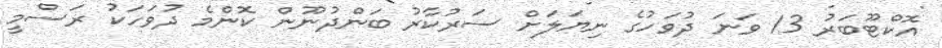
އޮކްޓޫބަރު 13 ވަނަ ދުވަހުގެ ނިޔަލަށް ސަރުކާރު ބަންދުނޫން ކޮންމެ ދުވަހަކު ރަސްމީ